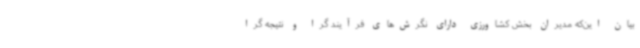
بیان این‌که مدیران بخش کشاورزی دارای نگرش‌های فرآیند گرا و نتیجه گرا